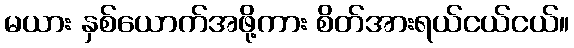
မယား နှစ်ယောက်အဖို့ကား စိတ်အားရယ်ငယ်ငယ်။